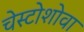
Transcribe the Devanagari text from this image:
चेस्टोशोवा